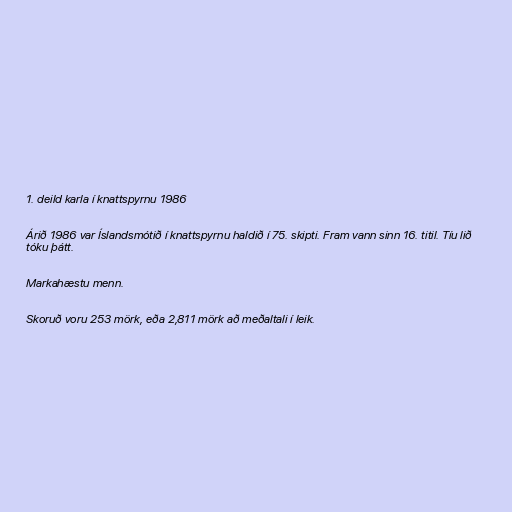
1. deild karla í knattspyrnu 1986

Árið 1986 var Íslandsmótið í knattspyrnu haldið í 75. skipti. Fram vann sinn 16. titil. Tíu lið
tóku þátt.

Markahæstu menn.

Skoruð voru 253 mörk, eða 2,811 mörk að meðaltali í leik.